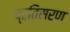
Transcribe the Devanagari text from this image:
प्रतिसरण